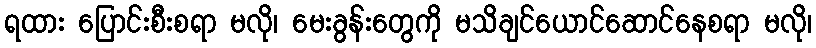
ရထား ပြောင်းစီးစရာ မလို၊ မေးခွန်းတွေကို မသိချင်ယောင်ဆောင်နေစရာ မလို၊